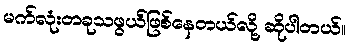
မက်လုံးတခုသဖွယ်ဖြစ်နေတယ်လို့ ဆိုပါတယ်။